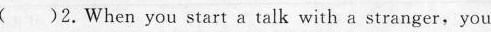
( )2.When you start a talk with a stranger,you